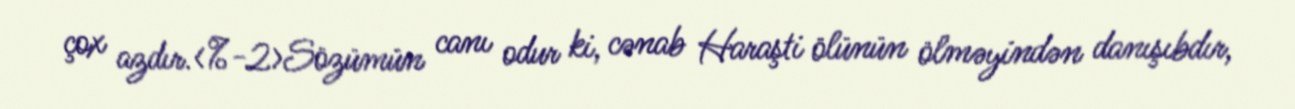
çox azdır.<%-2>Sözümün canı odur ki, cənab Haraşti ölünün ölməyindən danışıbdır,